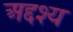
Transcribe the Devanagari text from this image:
अद्दश्य